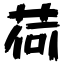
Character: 荷